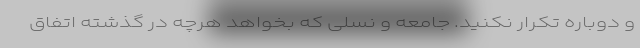
و دوباره تکرار نکنید. جامعه و نسلی که بخواهد هرچه در گذشته اتفاق